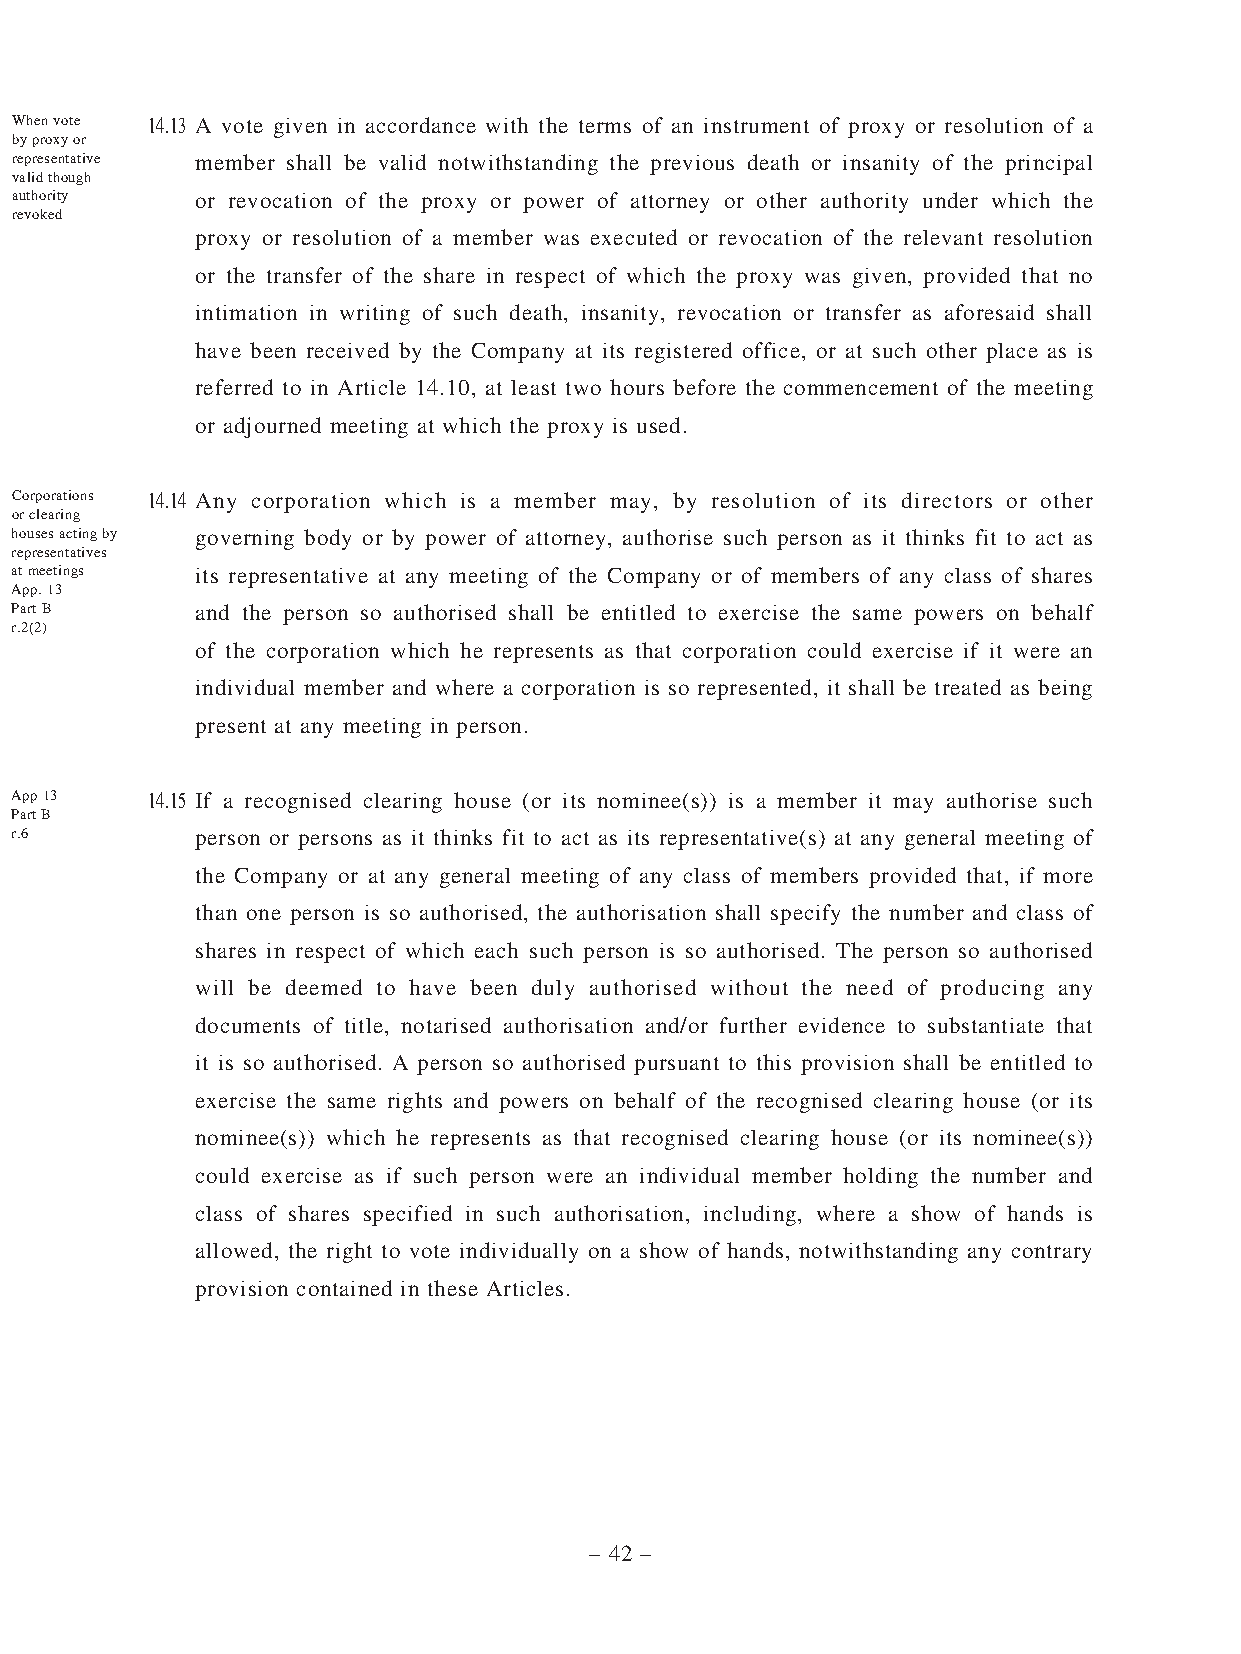
When vote 14.13 A vote given in accordance with the terms of an instrument of proxy or resolution of a
 by proxy or
 representative member shall be valid notwithstanding the previous death or insanity of the principal
 valid though
 authority   or revocation of the proxy or power of attorney or other authority under which the
 revoked
 proxy or resolution of a member was executed or revocation of the relevant resolution
 or the transfer of the share in respect of which the proxy was given, provided that no
 intimation in writing of such death, insanity, revocation or transfer as aforesaid shall
 have been received by the Company at its registered office, or at such other place as is
 referred to in Article 14.10, at least two hours before the commencement of the meeting
 or adjourned meeting at which the proxy is used.
 Corporations 14.14 Any corporation which is a member may, by resolution of its directors or other
 or clearing
 houses acting by governing body or by power of attorney, authorise such person as it thinks fit to act as
 representatives
 at meetings its representative at any meeting of the Company or of members of any class of shares
 App. 13
 Part B      and the person so authorised shall be entitled to exercise the same powers on behalf
 r.2(2)
 of the corporation which he represents as that corporation could exercise if it were an
 individual member and where a corporation is so represented, it shall be treated as being
 present at any meeting in person.
 App 13   14.15 If a recognised clearing house (or its nominee(s)) is a member it may authorise such
 Part B
 r.6         person or persons as it thinks fit to act as its representative(s) at any general meeting of
 the Company or at any general meeting of any class of members provided that, if more
 than one person is so authorised, the authorisation shall specify the number and class of
 shares in respect of which each such person is so authorised. The person so authorised
 will be deemed to have been duly authorised without the need of producing any
 documents of title, notarised authorisation and/or further evidence to substantiate that
 it is so authorised. A person so authorised pursuant to this provision shall be entitled to
 exercise the same rights and powers on behalf of the recognised clearing house (or its
 nominee(s)) which he represents as that recognised clearing house (or its nominee(s))
 could exercise as if such person were an individual member holding the number and
 class of shares specified in such authorisation, including, where a show of hands is
 allowed, the right to vote individually on a show of hands, notwithstanding any contrary
 provision contained in these Articles.
 – 42 –